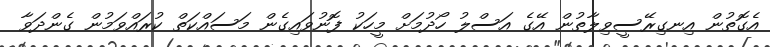
އެގޮތުން އިނގިރޭސީވިލާތުން އޭގެ އަސްލު ހޯދުމަށް މީހަކު ފޮނުވައިގެން މަސައްކަތް ކުރައްވަމުން ގެންދަވާ